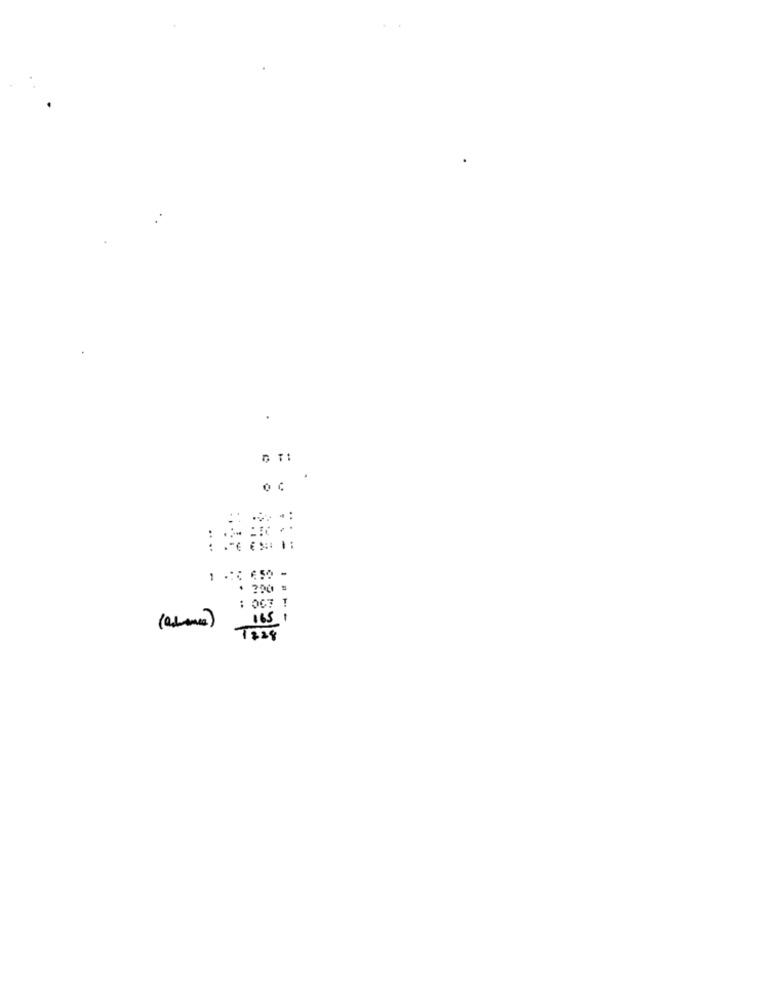
.
.
.. ..
-
. 200 =
1 290 :